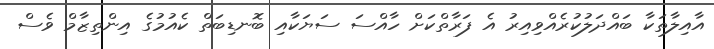
އާއިލާތަކާ ބައްދަލުކުރެއްވިއިރު އެ ފަރާތްކަށް ހާއްސަ ސަޔަކާއި ބޮނޑިބަތް ކެއުމުގެ އިންތިޒާމް ވެސް